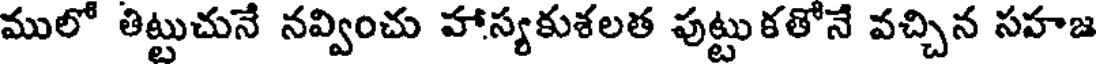
ములో తిట్టుచునే నవ్వించు హాస్యకుశలత పుట్టుకతోనే వచ్చిన సహజ